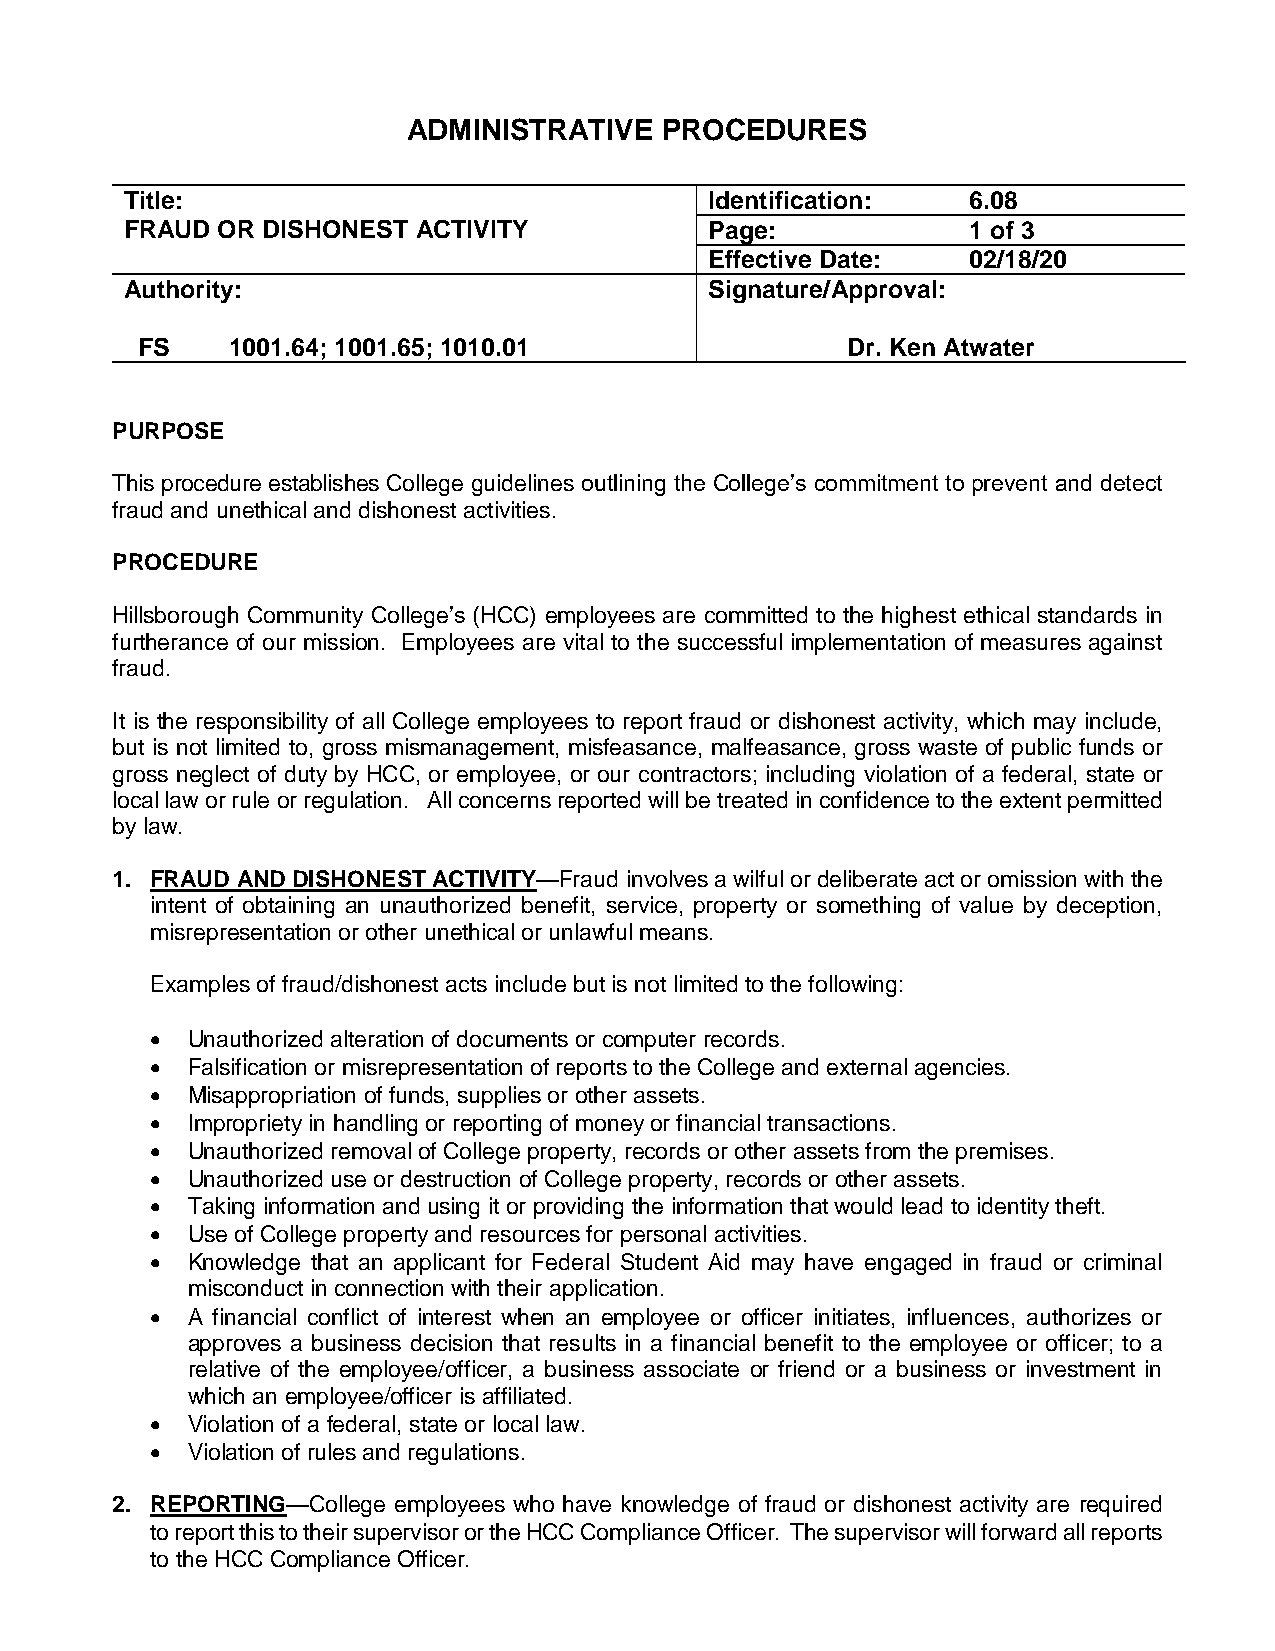
ADMINISTRATIVE   PROCEDURES
 Title:                                 Identification:  6.08
 FRAUD OR DISHONEST  ACTIVITY           Page:            1 of 3
 Effective Date:  02/18/20
 Authority:                             Signature/Approval:
 FS    1001.64; 1001.65; 1010.01                Dr. Ken Atwater
 PURPOSE
 This procedure establishes College guidelines outlining the College’s commitment to prevent and detect
 fraud and unethical and dishonest activities.
 PROCEDURE
 Hillsborough Community College’s (HCC) employees are committed to the highest ethical standards in
 furtherance of our mission. Employees are vital to the successful implementation of measures against
 fraud.
 It is the responsibility of all College employees to report fraud or dishonest activity, which may include,
 but is not limited to, gross mismanagement, misfeasance, malfeasance, gross waste of public funds or
 gross neglect of duty by HCC, or employee, or our contractors; including violation of a federal, state or
 local law or rule or regulation. All concerns reported will be treated in confidence to the extent permitted
 by law.
 1. FRAUD AND DISHONEST ACTIVITY—Fraud involves a wilful or deliberate act or omission with the
 intent of obtaining an unauthorized benefit, service, property or something of value by deception,
 misrepresentation or other unethical or unlawful means.
 Examples of fraud/dishonest acts include but is not limited to the following:
  Unauthorized alteration of documents or computer records.
  Falsification or misrepresentation of reports to the College and external agencies.
  Misappropriation of funds, supplies or other assets.
  Impropriety in handling or reporting of money or financial transactions.
  Unauthorized removal of College property, records or other assets from the premises.
  Unauthorized use or destruction of College property, records or other assets.
  Taking information and using it or providing the information that would lead to identity theft.
  Use of College property and resources for personal activities.
  Knowledge that an applicant for Federal Student Aid may have engaged in fraud or criminal
 misconduct in connection with their application.
  A financial conflict of interest when an employee or officer initiates, influences, authorizes or
 approves a business decision that results in a financial benefit to the employee or officer; to a
 relative of the employee/officer, a business associate or friend or a business or investment in
 which an employee/officer is affiliated.
  Violation of a federal, state or local law.
  Violation of rules and regulations.
 2. REPORTING—College employees who have knowledge of fraud or dishonest activity are required
 to report this to their supervisor or the HCC Compliance Officer. The supervisor will forward all reports
 to the HCC Compliance Officer.